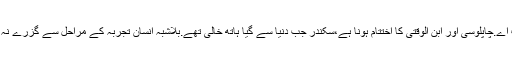
لالہ آخر موت اے.چاپلوسی اور ابن الوقتی کا اختتام ہونا ہے،سکندر جب دنیا سے گیا ہاتھ خالی تھے.بلاشبہ انسان تجربہ کے مراحل سے گزرے نہ یقین نہیں آتا ۔